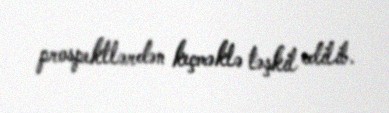
prospektlərdən keçməklə təşkil edilib.